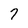
Character: 7